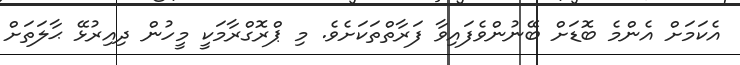
އެކަމަށް އެންމެ ބޮޑަށް ބޭނުންވެފައިވާ ފަރާތްތަކަށެވެ. މި ޕްރޮގްރާމަކީ މީހުން ދިއިރުޅޭ ޙާލަތަށް